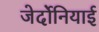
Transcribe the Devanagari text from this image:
जेर्दोनियाई